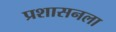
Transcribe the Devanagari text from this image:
प्रशासनला